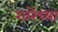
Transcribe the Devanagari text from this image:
खरेंच्या